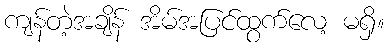
ကျန်တဲ့အချိန် အိမ်အပြင်ထွက်လေ့ မရှိ။